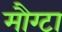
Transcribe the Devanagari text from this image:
मौग्टा